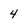
Character: 4